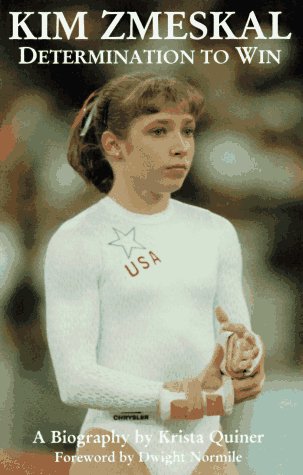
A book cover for Kim Zmeskal: Determination to Win: A Biography; Krista Quiner; Sports & Outdoors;